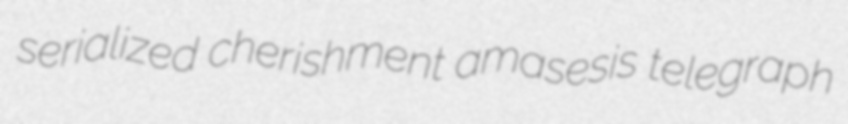
serialized cherishment amasesis telegraph